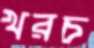
খরচ